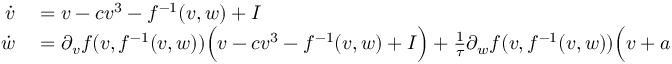
\begin{array} { r l } { \dot { v } } & { { } = v - c v ^ { 3 } - f ^ { - 1 } ( v , w ) + I } \\ { \dot { w } } & { { } = \partial _ { v } f ( v , f ^ { - 1 } ( v , w ) ) \Big ( v - c v ^ { 3 } - f ^ { - 1 } ( v , w ) + I \Big ) + \frac { 1 } { \tau } \partial _ { w } f ( v , f ^ { - 1 } ( v , w ) ) \Big ( v + a - b f ^ { - 1 } ( v , w ) \Big ) . } \end{array}